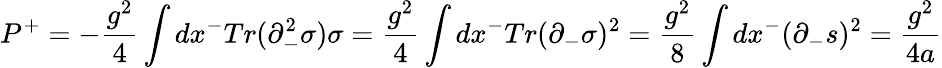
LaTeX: P^{+}=-{\frac{g^{2}}{4}}\int dx^{-}Tr(\partial_{-}^{2}\sigma)\sigma={\frac{g^{2}}{4}}\int dx^{-}Tr(\partial_{-}\sigma)^{2}={\frac{g^{2}}{8}}\int dx^{-}(\partial_{-}s)^{2}={\frac{g^{2}}{4a}}